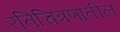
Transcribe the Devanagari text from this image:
रतिचित्रणातील